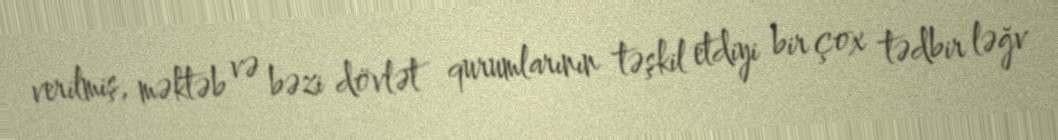
verilmiş, məktəb və bəzi dövlət qurumlarının təşkil etdiyi bir çox tədbir ləğv